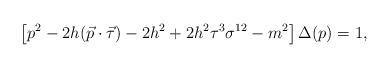
LaTeX: \begin{align*}\left[p^2-2h(\vec p\cdot\vec\tau)-2h^2+2h^2\tau^3\sigma^{12}-m^2\right]\Delta(p)=1,\end{align*}